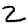
Digit: 2